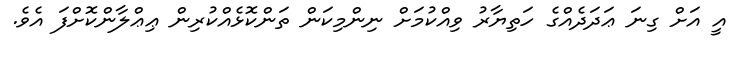
އީ އަށް ގިނަ ޢަދަދެއްގެ ހަތިޔާރު ވިއްކުމަށް ނިންމިކަން ތަންކޮޅެއްކުރިން ޢިޢްލާންކޮށްފަ އެވެ.